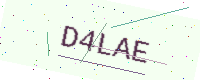
Text: D4LAE